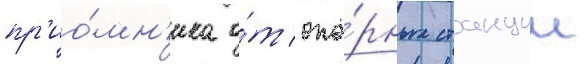
пр'ио́мн'ика о́т опо́рных станции